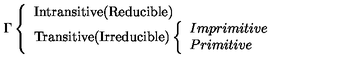
\Gamma \left\{ \begin{array} { l } { \mathrm { I n t r a n s i t i v e ( R e d u c i b l e ) } } \\ { \mathrm { T r a n s i t i v e ( I r r e d u c i b l e ) } \left\{ \begin{array} { l } { I m p r i m i t i v e } \\ { P r i m i t i v e } \\ \end{array} \right. } \\ \end{array} \right.